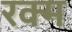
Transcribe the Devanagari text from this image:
रक्म